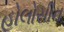
હોલોસીન